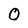
Character: 0